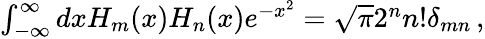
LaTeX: \begin{array}{r}{\int_{-\infty}^{\infty}dxH_{m}(x)H_{n}(x)e^{-x^{2}}=\sqrt{\pi}2^{n}n!\delta_{mn}\, ,}\end{array}